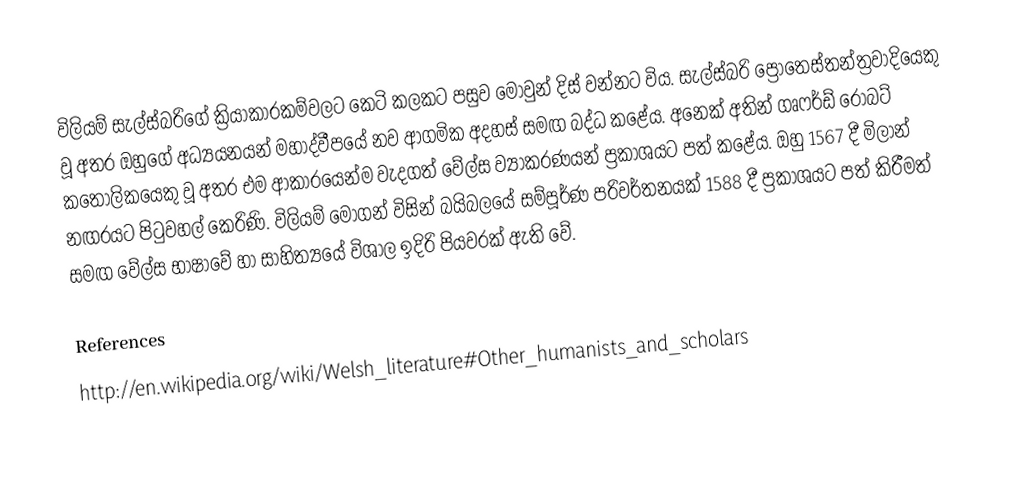
විලියම් සැල්ස්බරිගේ ක්‍රියාකාරකම්වලට කෙටි කලකට පසුව මොවුන් දිස් වන්නට විය. සැල්ස්බරි ප්‍රොතෙස්තන්ත්‍රවාදියෙකු වූ අතර ඔහුගේ අධ්‍යයනයන් මහාද්වීපයේ නව ආගමික අදහස් සමඟ බද්ධ කළේය. අනෙක් අතින් ගෘෆර්ඩ් රොබට් කතෝලිකයෙකු වූ අතර එම ආකාරයෙන්ම ‍වැදගත් වේල්ස ව්‍යාකරණයන් ප්‍රකාශයට පත් කළේය. ඔහු 1567 දී මිලාන් නඟරයට පිටුවහල් කෙරිණි. විලියම් මෝගන් විසින් බයිබලයේ සම්පූර්ණ පරිවර්තනයක් 1588 දී ප්‍රකාශයට පත් කිරීමත් සමඟ වේල්ස භාෂාවේ හා සාහිත්‍යයේ විශාල ඉදිරි පියවරක් ඇති වේ.

References
http://en.wikipedia.org/wiki/Welsh_literature#Other_humanists_and_scholars